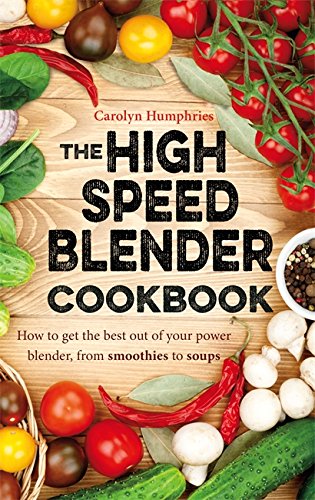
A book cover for The High Speed Blender Cookbook: How to Get the Best Out of Your Multi-Purpose Power Blender, from Smoothies to Soups; Carolyn Humphries; Cookbooks, Food & Wine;